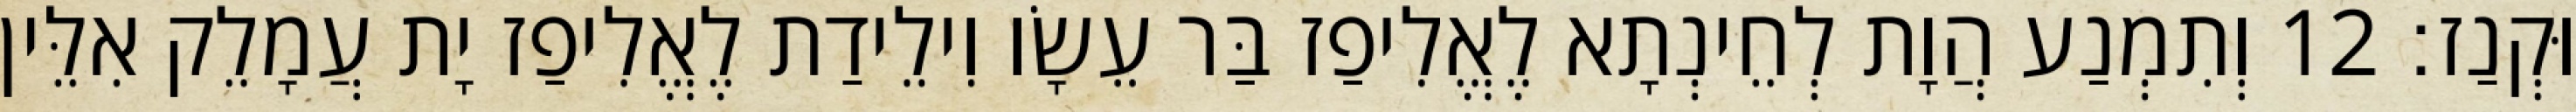
וּקְנַז׃ 12 וְתִמְנַע הֲוָת לְחֵינְתָא לֶאֱלִיפַז בַּר עֵשָׂו וִילֵידַת לֶאֱלִיפַז יָת עֲמָלֵק אִלֵּין